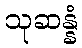
သုဆန္နံ